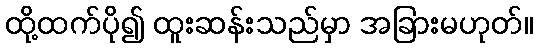
ထို့ထက်ပို၍ ထူးဆန်းသည်မှာ အခြားမဟုတ်။